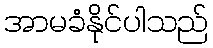
အာမခံနိုင်ပါသည်